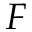
F